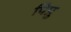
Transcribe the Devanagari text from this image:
पिप्रु